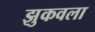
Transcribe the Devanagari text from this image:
झुकवला